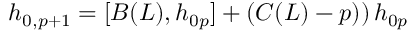
h _ { 0 , p + 1 } = [ B ( L ) , h _ { 0 p } ] + \left( C ( L ) - p ) \right) h _ { 0 p }